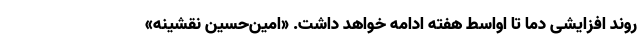
روند افزایشی دما تا اواسط هفته ادامه خواهد داشت. «امین‌حسین نقشینه»